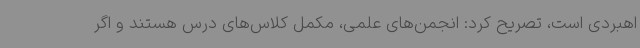
اهبردی است، تصریح کرد: انجمن‌های علمی، مکمل کلاس‌های درس هستند و اگر